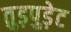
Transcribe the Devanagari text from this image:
तुड़पुड़ेट